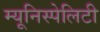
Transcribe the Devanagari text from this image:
म्यूनिस्पेलिटी